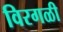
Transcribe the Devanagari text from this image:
विरगळी